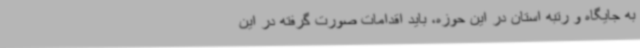
به جایگاه و رتبه استان در این حوزه، باید اقدامات صورت گرفته در این